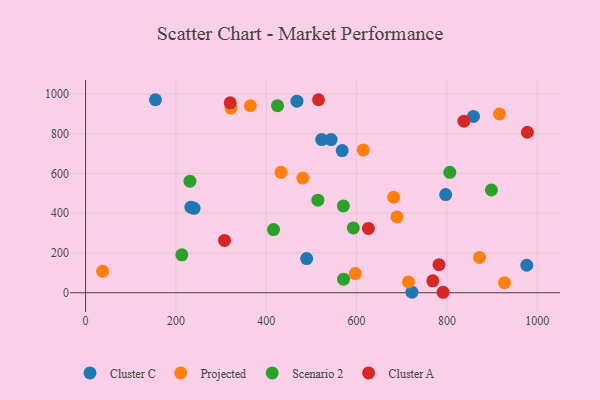
{"axis": {"x": "Ad Spend", "y": "Fuel Efficiency"}, "legend": ["Cluster A", "Cluster C", "Projected", "Scenario 2"], "data": [{"x": "240.3", "y": 425.0, "type": "Cluster C"}, {"x": "976.9", "y": 138.3, "type": "Cluster C"}, {"x": "858.8", "y": 887.5, "type": "Cluster C"}, {"x": "233.3", "y": 430.4, "type": "Cluster C"}, {"x": "543.7", "y": 770.8, "type": "Cluster C"}, {"x": "722.6", "y": 3.0, "type": "Cluster C"}, {"x": "568.2", "y": 715.5, "type": "Cluster C"}, {"x": "468.0", "y": 964.0, "type": "Cluster C"}, {"x": "797.3", "y": 493.8, "type": "Cluster C"}, {"x": "489.5", "y": 172.0, "type": "Cluster C"}, {"x": "522.8", "y": 770.9, "type": "Cluster C"}, {"x": "154.8", "y": 971.3, "type": "Cluster C"}, {"x": "689.5", "y": 381.6, "type": "Projected"}, {"x": "365.0", "y": 941.0, "type": "Projected"}, {"x": "614.8", "y": 718.8, "type": "Projected"}, {"x": "714.8", "y": 54.3, "type": "Projected"}, {"x": "682.1", "y": 480.5, "type": "Projected"}, {"x": "432.7", "y": 605.8, "type": "Projected"}, {"x": "927.6", "y": 50.3, "type": "Projected"}, {"x": "872.2", "y": 177.8, "type": "Projected"}, {"x": "481.1", "y": 577.0, "type": "Projected"}, {"x": "597.1", "y": 96.2, "type": "Projected"}, {"x": "916.5", "y": 899.4, "type": "Projected"}, {"x": "322.0", "y": 929.3, "type": "Projected"}, {"x": "37.8", "y": 108.1, "type": "Projected"}, {"x": "213.2", "y": 191.0, "type": "Scenario 2"}, {"x": "416.2", "y": 317.9, "type": "Scenario 2"}, {"x": "571.2", "y": 68.1, "type": "Scenario 2"}, {"x": "514.3", "y": 465.8, "type": "Scenario 2"}, {"x": "592.8", "y": 326.1, "type": "Scenario 2"}, {"x": "806.5", "y": 606.0, "type": "Scenario 2"}, {"x": "231.1", "y": 561.6, "type": "Scenario 2"}, {"x": "425.1", "y": 941.2, "type": "Scenario 2"}, {"x": "570.8", "y": 437.0, "type": "Scenario 2"}, {"x": "898.6", "y": 516.9, "type": "Scenario 2"}, {"x": "782.5", "y": 141.0, "type": "Cluster A"}, {"x": "837.8", "y": 863.3, "type": "Cluster A"}, {"x": "515.8", "y": 971.1, "type": "Cluster A"}, {"x": "307.7", "y": 263.4, "type": "Cluster A"}, {"x": "978.2", "y": 807.5, "type": "Cluster A"}, {"x": "626.3", "y": 323.7, "type": "Cluster A"}, {"x": "791.5", "y": 2.3, "type": "Cluster A"}, {"x": "320.3", "y": 955.5, "type": "Cluster A"}, {"x": "768.8", "y": 60.1, "type": "Cluster A"}]}